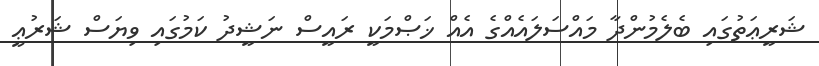
ޝަރީޢަތުގައި ބެލެމުންދާ މައްސަލައެއްގެ އެއް ޚަޞްމަކީ ރައީސް ނަޝީދު ކަމުގައި ވިޔަސް ޝަރުޢީ